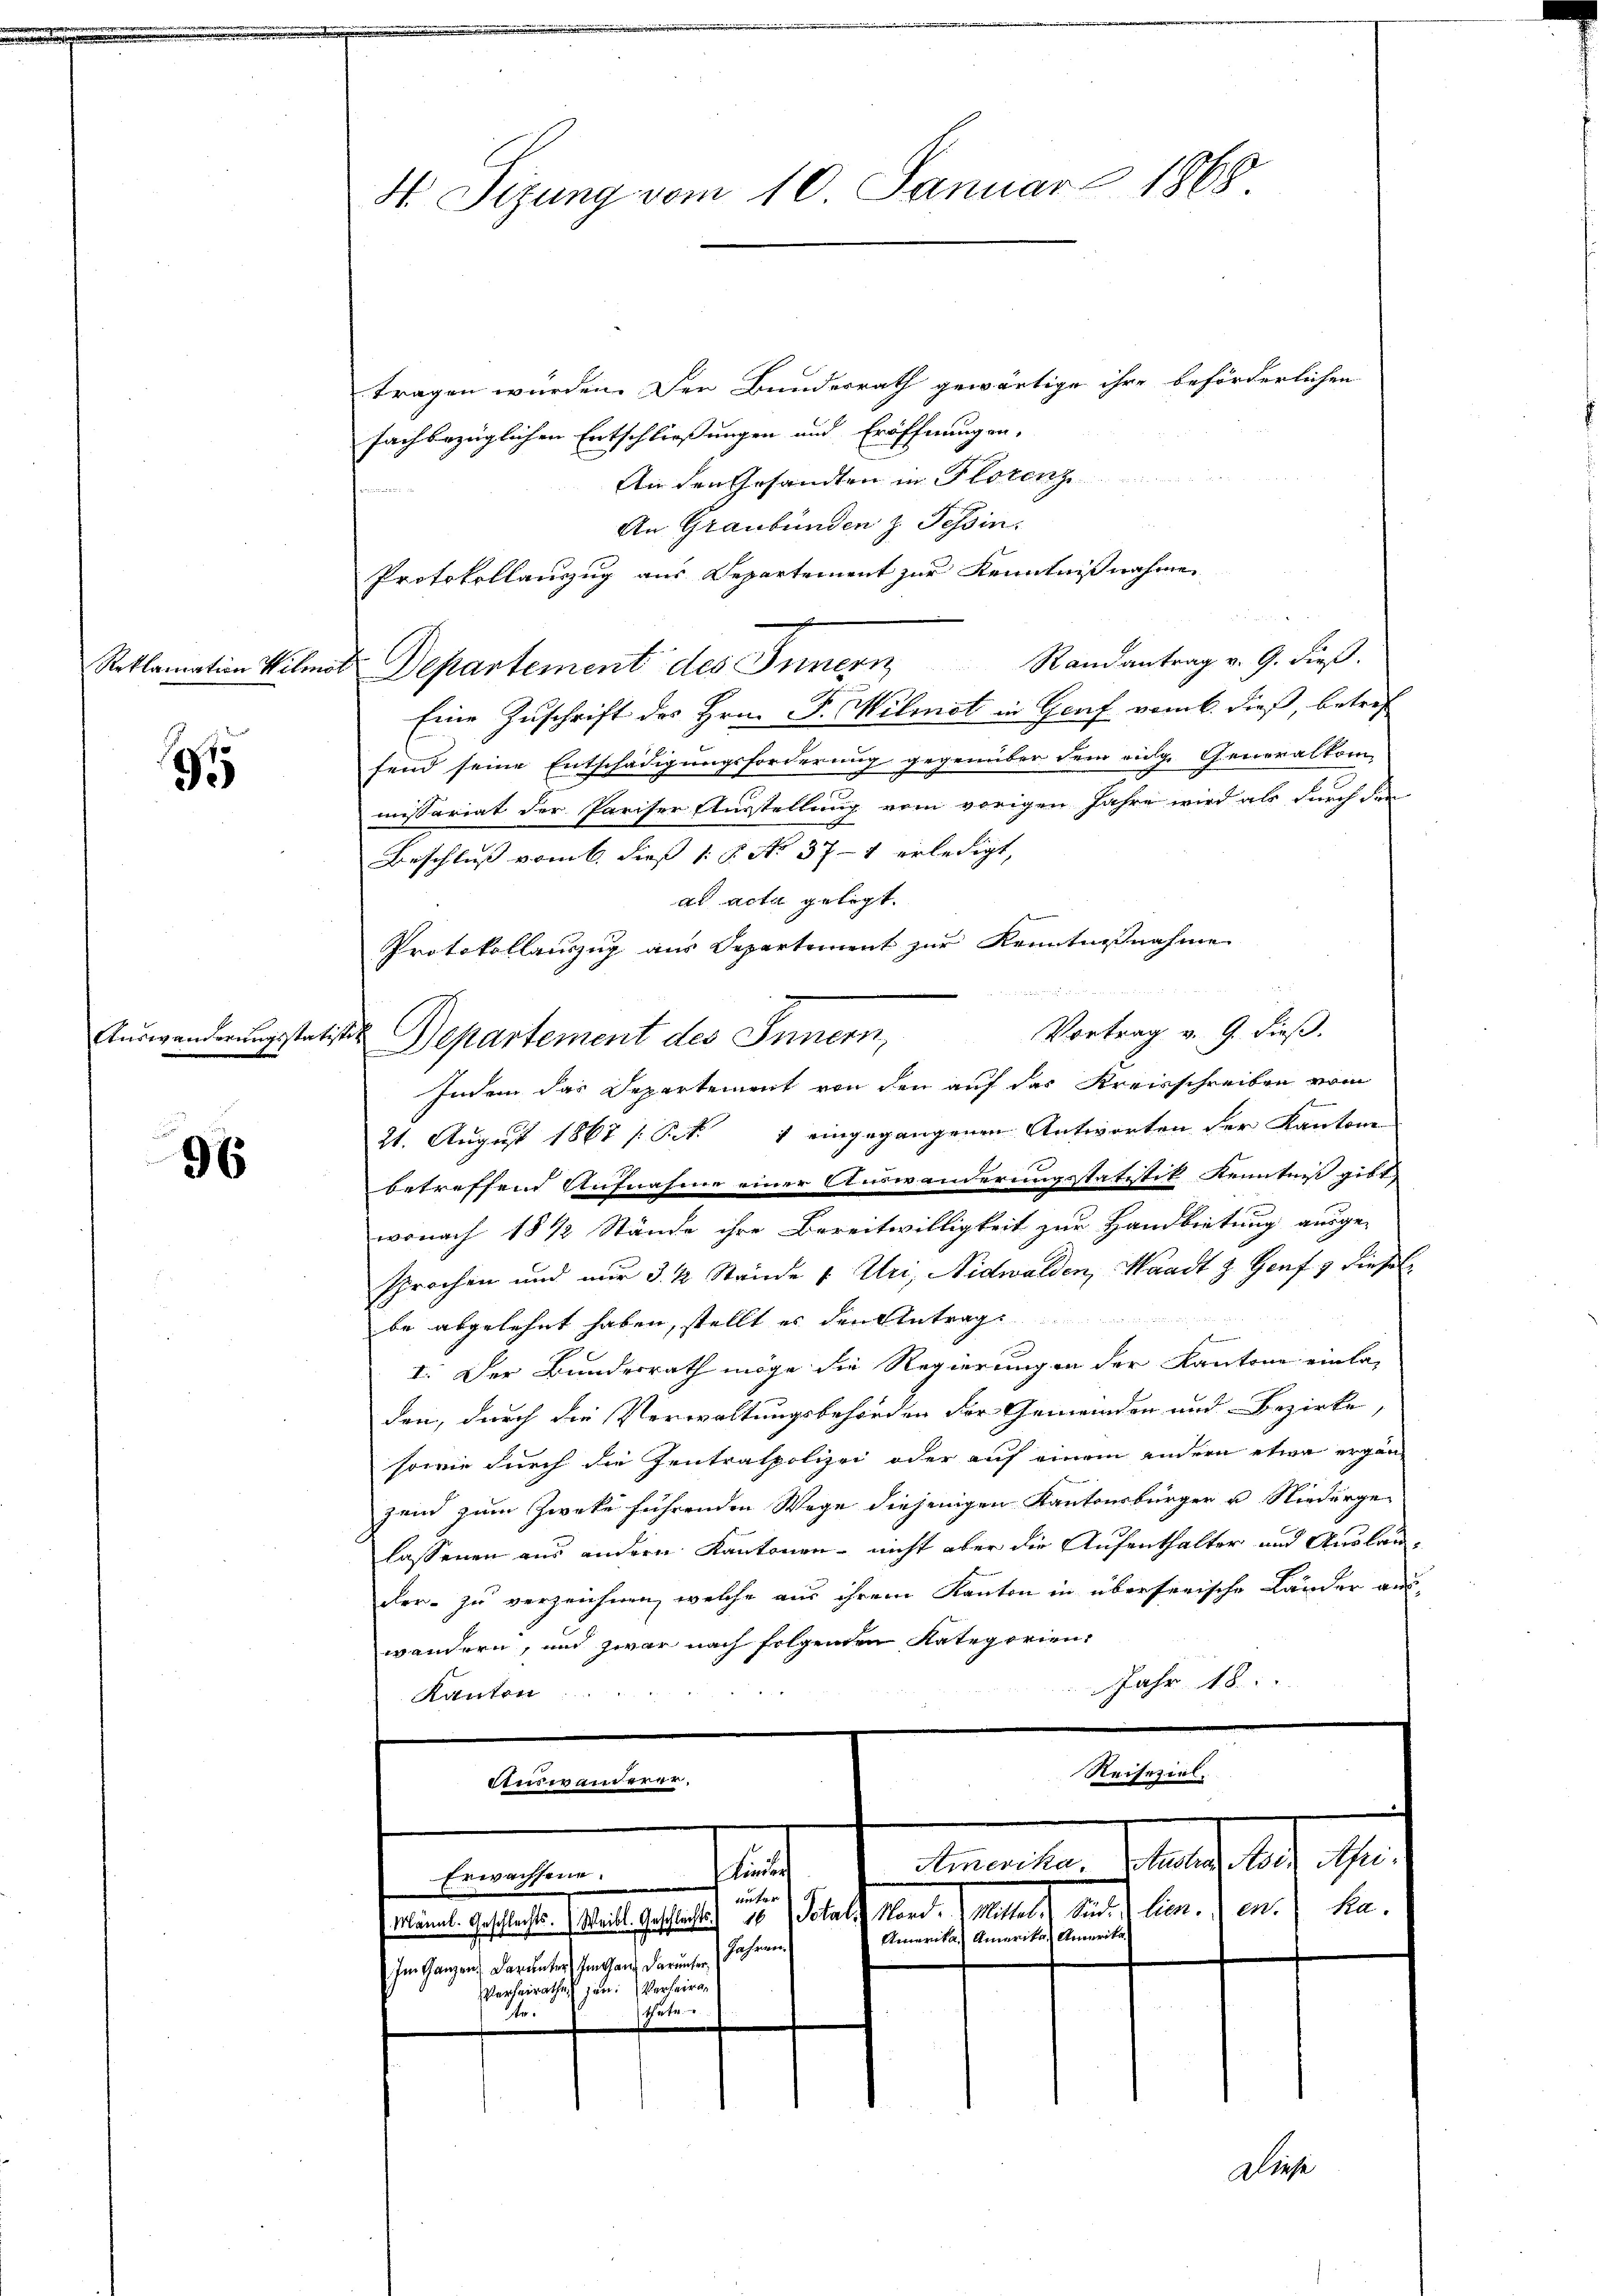
Reklamation Wilmo

91

96

H Sizung vom 10. Januar 1868

Auswanderungsstatist Departement des Innern,

tragen wurden. Den Bundesrath gewärtige ihre beförderlichen
fachbezüglichen Entschließungen und Eröffnungen-
An den Gesandten in Florenz
An Graubünden z. Tessin.
Protokollauszug aus Departement zur Kenntnißnahme
Eine Zuschrift des Hrn. F. Wilmit in Genf vom 6. dieß, betref
fend seine Entschädigungsforderung gegenüber dem eidg. Generalkom-
missariat der Pariser Ausstellung vom vorigen Jahre wird als durch den
Beschluß vom 6. dieß 18. No. 371 erledigt,
ad acta gelegt.
s
Protokollauszug aus Departement zur Kenntnißnahme

Vortrag v. 9. dieß.
Indem das Departement von den auf das Kreisschreiben vom
21. August 1867 / Pct. 1 eingegangenen Antworten der Kantone
betreffend Aufnahme einer Auswanderungsstatistik Kenntniß gibt,
wonach 18 1/2 Stände ihre Bereitwilligkeit zur Handbietung ausge-
sprochen und nur 3 ½ Stände v. Uri, Nidwalden, Waadt z. Genf & diesel
be abgelehnt haben, stellt es den Antrag
I. Der Bundesrath möge die Regierungen der Kantone einla-
den, durch die Verwaltungsbehörden der Gemeinden und Bezirke,
sowie durch die Zentratpolizei oder auf einem andern etwa ergän
zend zum Zwecke führenden Wege diejenigen Kantonsbürger u Niederge-
lassenen aus andern Kantonen nicht aber die Aufenthalter und Auslander zu verzeichnen, welche aus ihrem Kanton in überserische Länder auswändern, und zwar nach folgenden Kategorien,
Jahr 18
Kanton
Reiseziel¬
Auswanderer,
dimenten Stand 18. d.
Finder
Erwachsene.
unter
Süden lienen ka
Mänal. Geschlechts- 1. Weill. Geschlichts) 16 (Totals Mord. Mittel.
Amerika Amerika Amerika¬
Im Ganzen, darunter Im Ganz darum Jahren.
zen: Verheira¬
Verheirathe,
thute
Gr.

d. Departement des Innern Randantrag v. 9. dieß.

e

Diese